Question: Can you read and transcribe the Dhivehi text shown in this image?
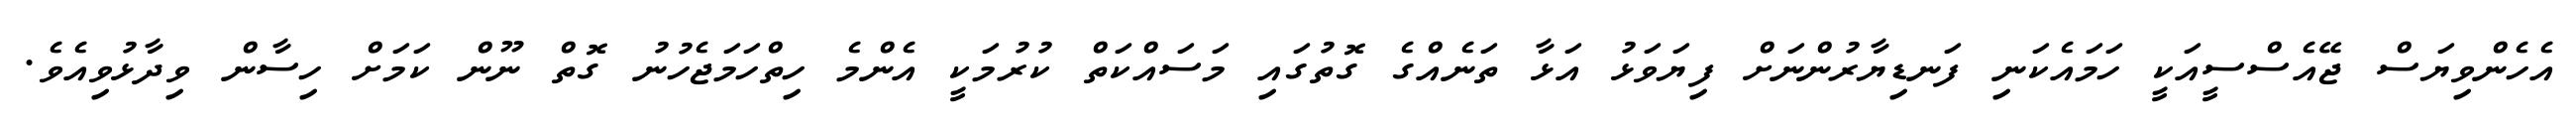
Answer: އެހެންވިޔަސް ޖޭއެސްސީއަކީ ހަމައެކަނި ފަނޑިޔާރުންނަށް ފިޔަވަޅު އަޅާ ތަނެއްގެ ގޮތުގައި މަސައްކަތް ކުރުމަކީ އެންމެ ހިތްހަމަޖެހުނު ގޮތް ނޫން ކަމަށް ހިސާން ވިދާޅުވިއެވެ.